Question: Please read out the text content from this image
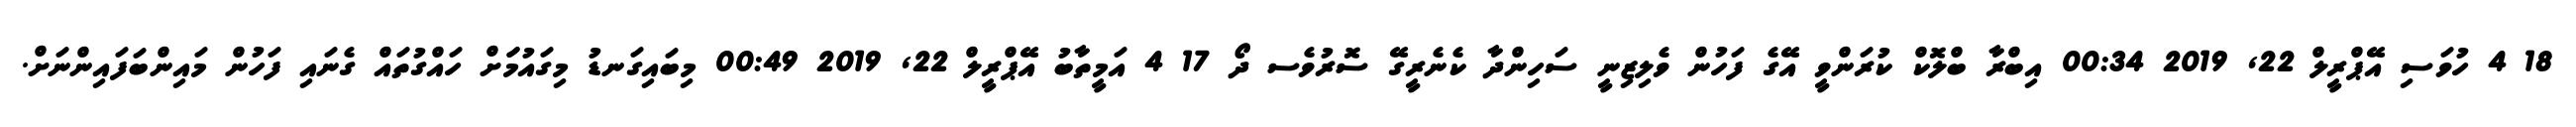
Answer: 18 4 ހުވަސި އޭޕްރީލް 22, 2019 00:34 އިބްރާ ބްލޮކް ކުރަންވީ އޭގެ ފަހުން ވެލިޒިނީ ސަހިންދާ ކެނެރީގޭ ސޮރުވެސ ދޯ 17 4 އަމީތާބު އޭޕްރީލް 22, 2019 00:49 މިބައިގަނޑު މިގައުމަަށް ހައްގުތައް ގެނައި ފަހުން މައިންބަފައިންނަށް.